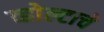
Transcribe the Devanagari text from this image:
व्होल्टाचे